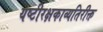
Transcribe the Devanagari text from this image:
यष्टीरक्षकाव्यतिरीक्त